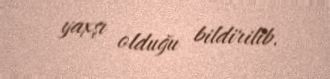
yaxşı olduğu bildirilib.